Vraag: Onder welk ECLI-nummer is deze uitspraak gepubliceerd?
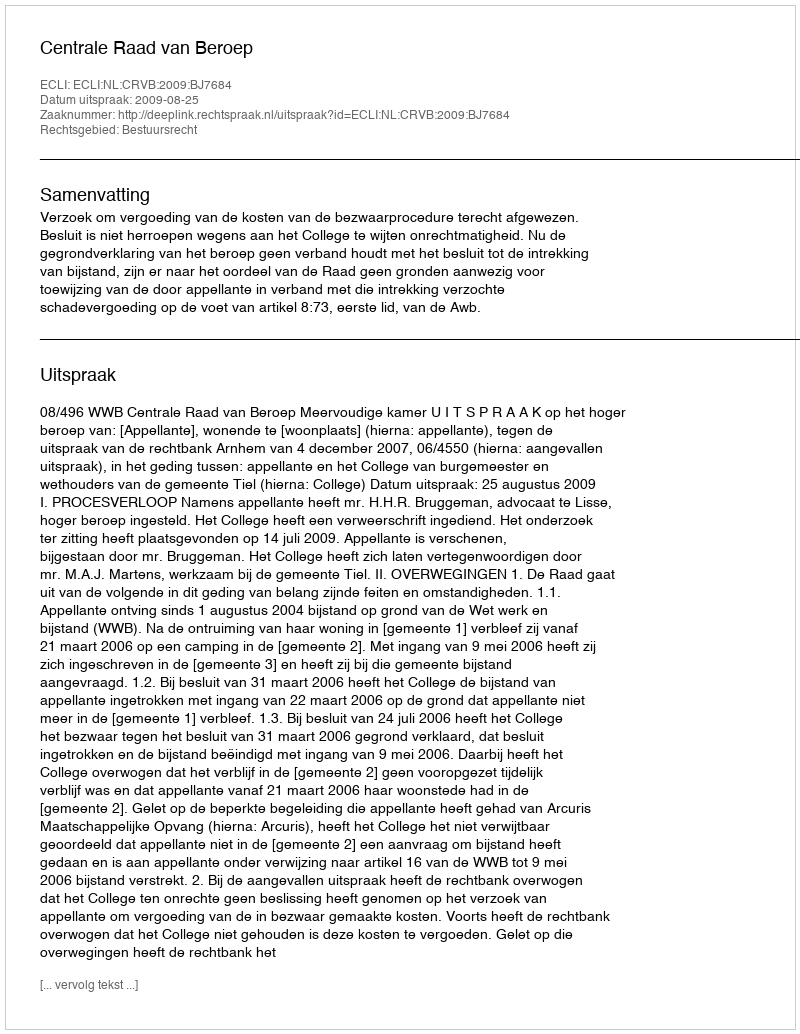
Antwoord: ECLI:NL:CRVB:2009:BJ7684